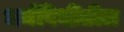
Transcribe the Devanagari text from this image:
धर्मविधींतील